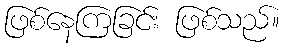
ဖြစ်နေကြခြင်း ဖြစ်သည်။